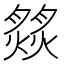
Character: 𦠹